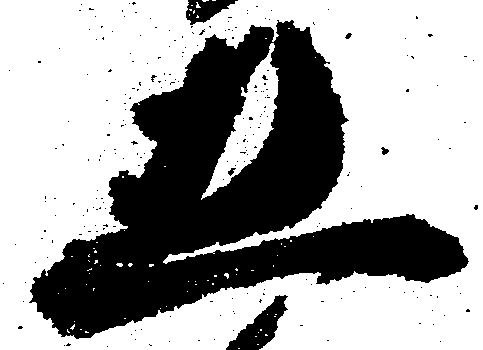
五